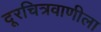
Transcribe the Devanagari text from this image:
दूरचित्रवाणीला